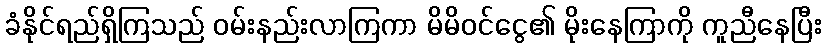
ခံနိုင်ရည်ရှိကြသည် ဝမ်းနည်းလာကြကာ မိမိဝင်ငွေ၏ မိုးနေကြာကို ကူညီနေပြီး